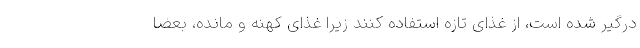
درگیر شده است، از غذای تازه استفاده کنند زیرا غذای کهنه و مانده، بعضا